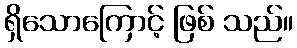
ရှိသောကြောင့် ဖြစ် သည်။